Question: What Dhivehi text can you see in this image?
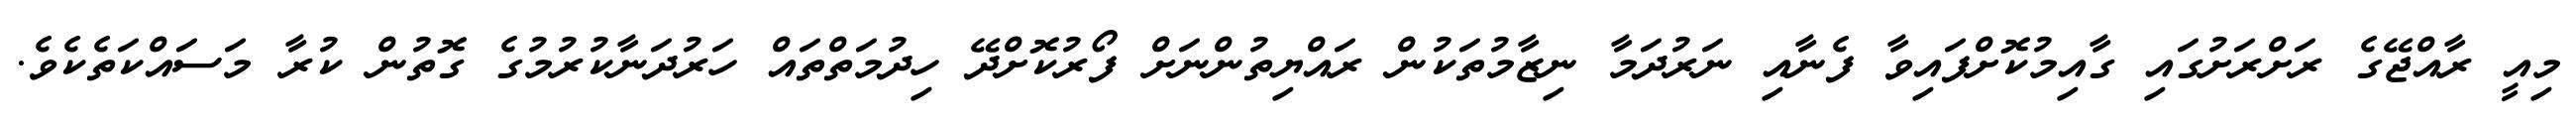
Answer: މިއީ ރާއްޖޭގެ ރަށްރަށުގައި ގާއިމުކޮށްފައިވާ ފެނާއި ނަރުދަމާ ނިޒާމުތަކުން ރައްޔިތުންނަށް ފޯރުކޮށްދޭ ހިދުމަތްތައް ހަރުދަނާކުރުމުގެ ގޮތުން ކުރާ މަސައްކަތެކެވެ.